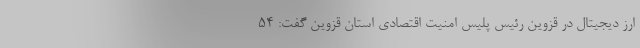
ارز دیجیتال در قزوین رئیس پلیس امنیت اقتصادی استان قزوین گفت: ۵۴